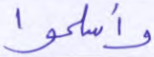
وأسلموا